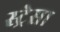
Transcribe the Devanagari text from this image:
स्ट्रेसा